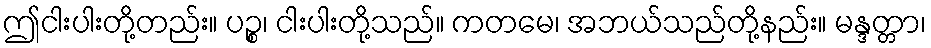
ဤငါးပါးတို့တည်း။ ပဉ္စ၊ ငါးပါးတို့သည်။ ကတမေ၊ အဘယ်သည်တို့နည်း။ မန္ဒတ္တာ၊